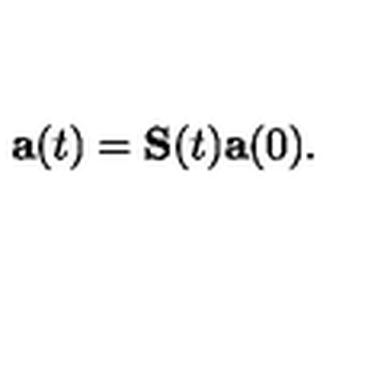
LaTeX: \mathbf { a } ( t ) = \mathbf { S } ( t ) \mathbf { a } ( 0 ) .